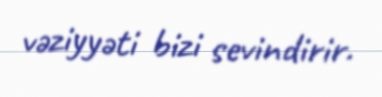
vəziyyəti bizi sevindirir.